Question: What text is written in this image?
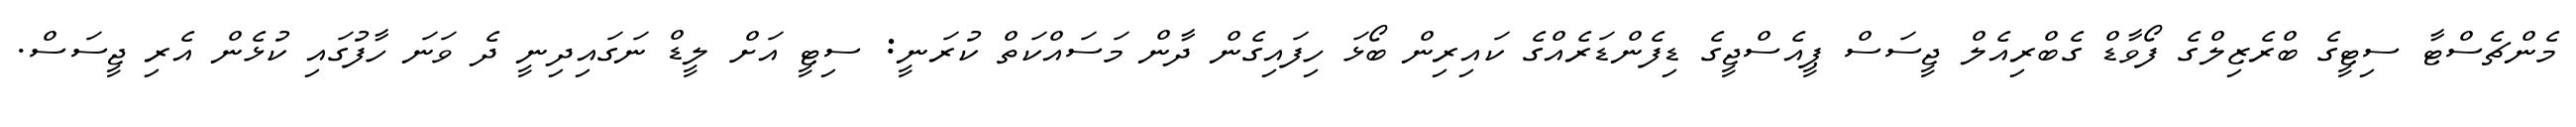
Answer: މެންޗެސްޓާ ސިޓީގެ ބްރެޒިލްގެ ފޯވާޑް ގެބްރިއެލް ޖީސަސް ޕީއެސްޖީގެ ޑިފެންޑަރެއްގެ ކައިރިން ބޯޅަ ހިފައިގެން ދާން މަސައްކަތް ކުރަނީ: ސިޓީ އަށް ލީޑް ނަގައިދިނީ ދެ ވަނަ ހާފުގައި ކުޅެން އެރި ޖީސަސް.